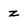
Character: z